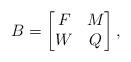
LaTeX: \begin{align*}B=\begin{bmatrix} F & M \\ W & Q\end{bmatrix},\end{align*}